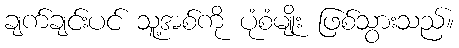
ချက်ချင်းပင် သူ့အစ်ကို ပုံစံမျိုး ဖြစ်သွားသည်။